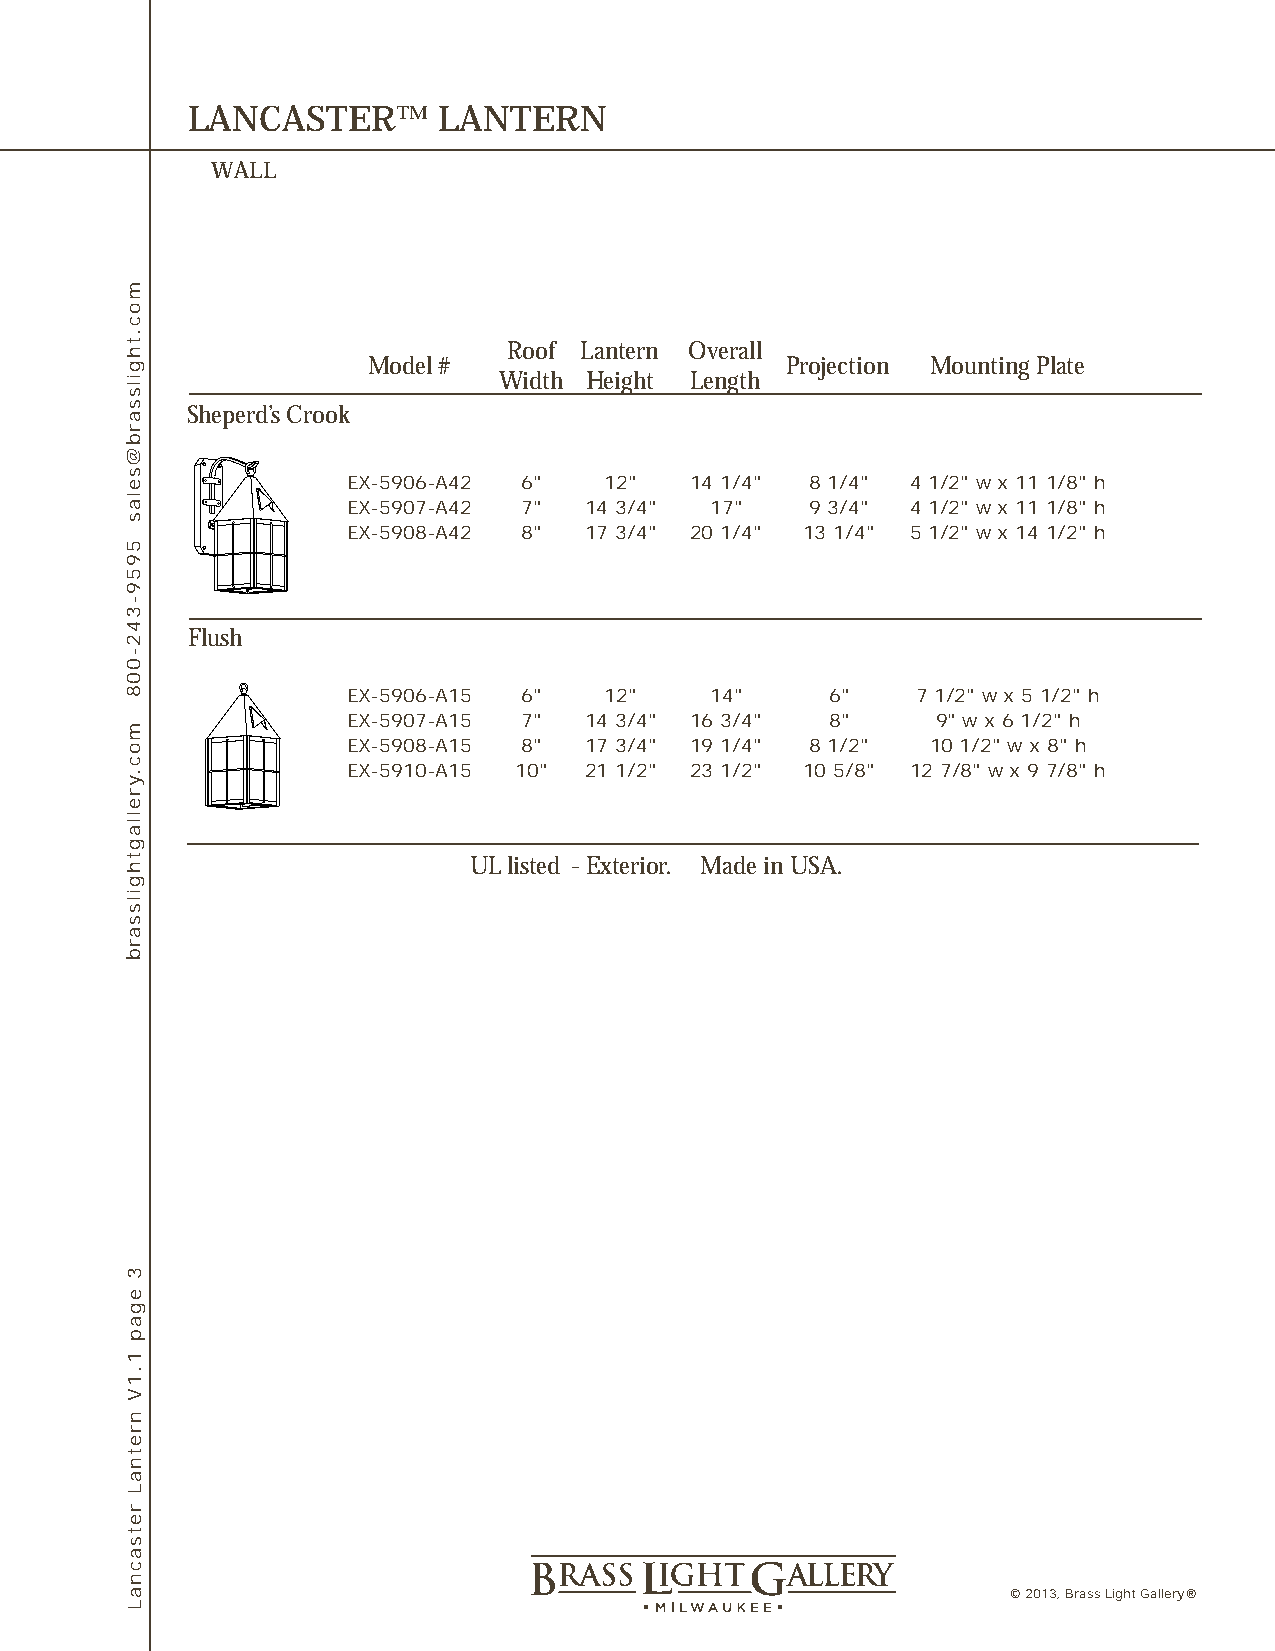
LANCASTER™       LANTERN
 WALL
 Roof Lantern Overall
 Model #                     Projection Mounting Plate
 Width Height Length
 Sheperd’s Crook
 EX-5906-A42 6"   12"   14 1/4" 8 1/4" 4 1/2" w x 11 1/8" h
 EX-5907-A42 7"  14 3/4" 17"    9 3/4" 4 1/2" w x 11 1/8" h
 EX-5908-A42 8"  17 3/4" 20 1/4" 13 1/4" 5 1/2" w x 14 1/2" h
 Flush
 EX-5906-A15 6"   12"    14"     6"    7 1/2" w x 5 1/2" h
 EX-5907-A15 7"  14 3/4" 16 3/4" 8"     9" w x 6 1/2" h
 EX-5908-A15 8"  17 3/4" 19 1/4" 8 1/2" 10 1/2" w x 8" h
 EX-5910-A15 10" 21 1/2" 23 1/2" 10 5/8" 12 7/8" w x 9 7/8" h
 UL listed - Exterior. Made in USA.
 © 2013, Brass Light Gallery®
 moc.thgilssarb@selas
 5959-342-008
 moc.yrellagthgilssarb
 3
 egap
 1.1V
 nretnaL
 retsacnaL